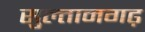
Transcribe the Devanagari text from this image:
सुल्तानगढ़